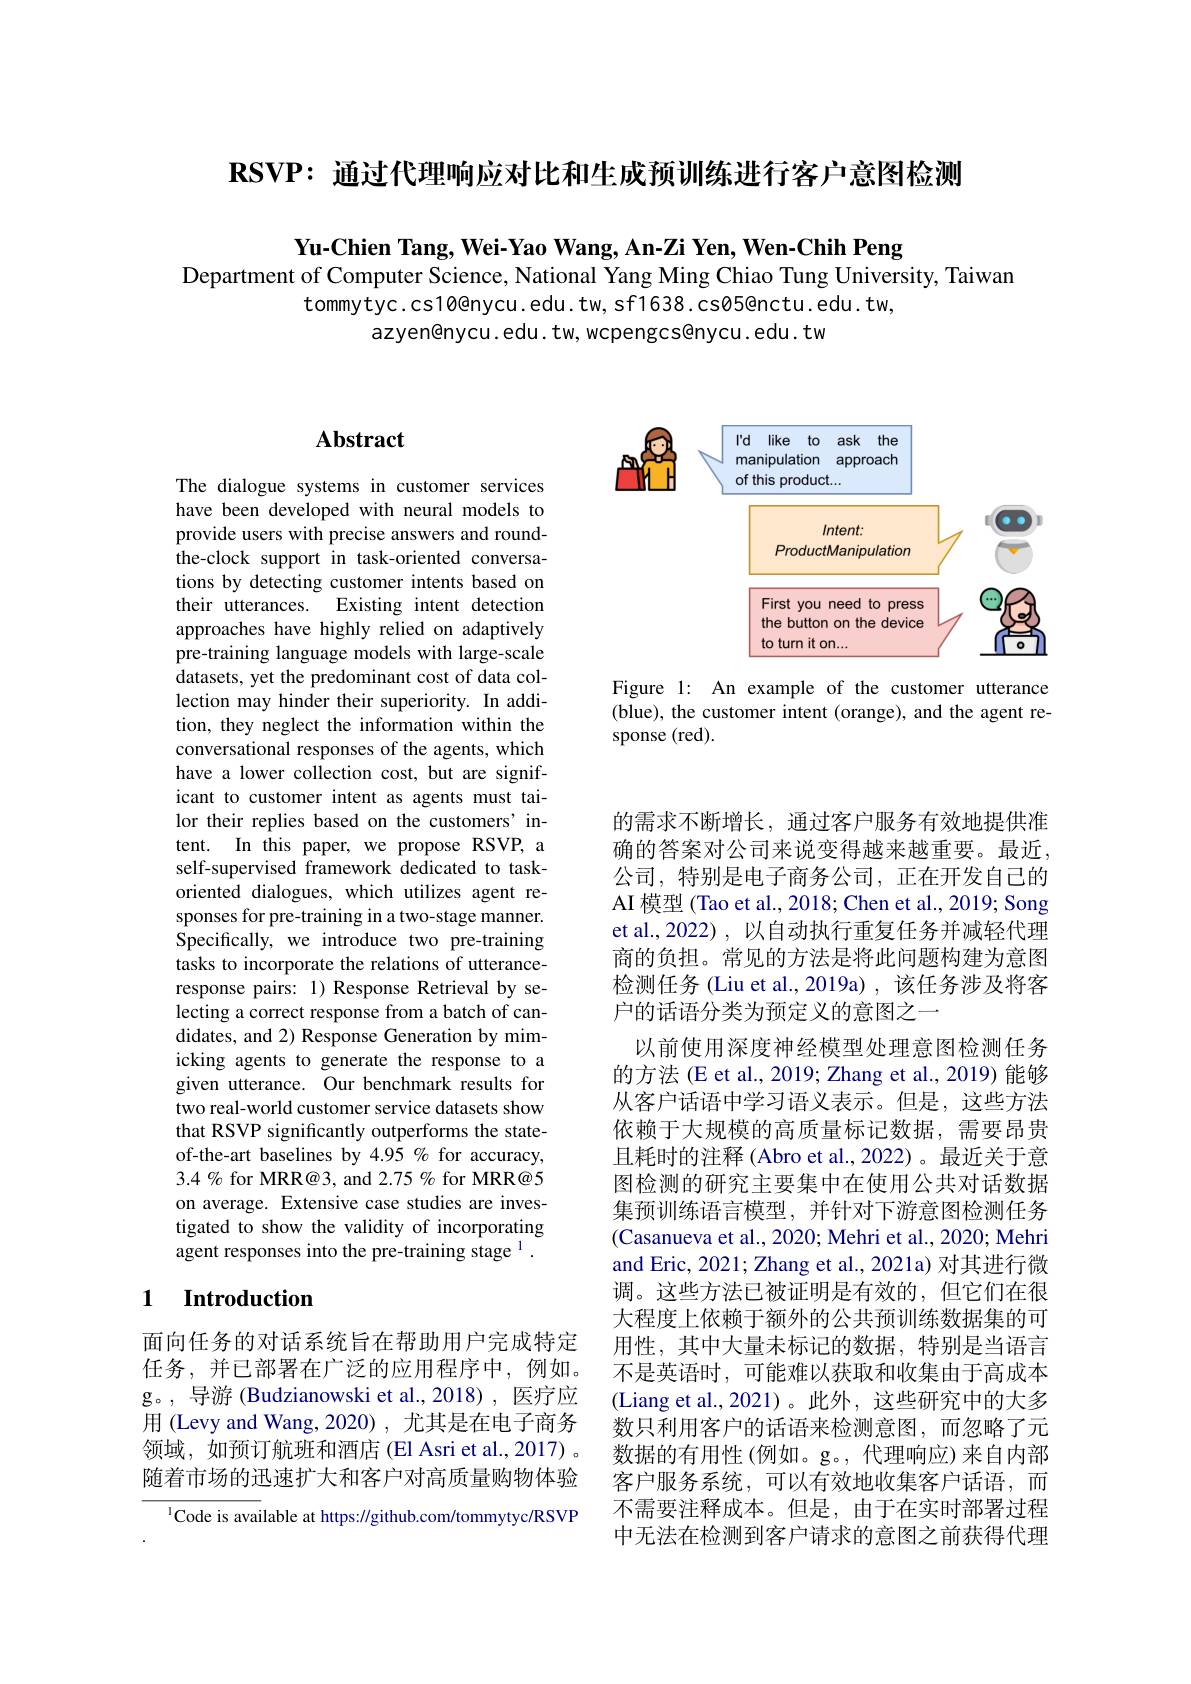
$\mathbf{RSVP:}$通过代理响应对比和牛成预训练进行客户意图检测

Yu-Chien Tang, Wei-Yao Wang, An-Zi Yen, Wen-Chih Peng
Department of Computer Science, National Yang Ming Chiao Tung University, Taiwan
tommytyc.cs10@nycu.edu.tw, sf1638.cs05@nctu.edu.tw,
azyen@nycu.edu.tw, wcpengcs@nycu. edu. tw

<FigureHere>

Figure 1: An example of the customer utterance (blue), the customer intent (orange), and the agent response (red).

## $\mathbf{Abstract}$

The dialogue systems in customer services have been developed with neural models to provide users with precise answers and roundthe-clock support in task-oriented conversations by detecting customer intents based on their utterances. Existing intent detection approaches have highly relied on adaptively pre-training language models with large-scale datasets, yet the predominant cost of data collection may hinder their superiority. In addition, they neglect the information within the conversational responses of the agents, which have a lower collection cost, but are significant to customer intent as agents must tailor their replies based on the customers' intent. In this paper, we propose RSVP, a self-supervised framework dedicated to taskoriented dialogues, which utilizes agent responses for pre-training in a two-stage manner. Specifically, we introduce two pre-training tasks to incorporate the relations of utteranceresponse pairs: 1) Response Retrieval by selecting a correct response from a batch of candidates, and 2) Response Generation by mimicking agents to generate the response to a given utterance. Our benchmark results for two real-world customer service datasets show that RSVP significantly outperforms the stateof-the-art baselines by 4.95 % for accuracy, $3.4\%$ for MRR@3, and 2.75 % for MRR@5 on average. Extensive case studies are investigated to show the validity of incorporating agent responses into the pre-training stage $^{1}.$

## 1 $\textbf{Introduction}$

面向任务的对话系统旨在帮助用户完成特定任务，并已部署在广泛的应用程序中，例如。g。,导游 (Budzianowski et al.,2018),医疗应用 (Levy and Wang,2020) , 尤其是在电子商务领域，如预订航班和酒店(El Asri et al., 2017) 。随着市场的迅速扩大和客户对高质量购物体验

$^{1}$Code is available at https://github.com/tommytyc/RSVP

的需求不断增长，通过客户服务有效地提供准确的答案对公司来说变得越来越重要。最近， 公司，特别是电子商务公司，正在开发自己的AI 模型 (Tao et al., 2018; Chen et al., 2019; Song et al.,2022) ,以自动执行重复任务并减轻代理商的负担。常见的方法是将此问题构建为意图检测任务 (Liu et al.,2019a) ,该任务涉及将客户的话语分类为预定义的意图之一
以前使用深度神经模型处理意图检测任务的方法(E et al., 2019; Zhang et al., 2019)能够从客户话语中学习语义表示。但是，这些方法依赖于大规模的高质量标记数据，需要昂贵且耗时的注释 (Abro et al.,2022)。最近关于意图检测的研究主要集中在使用公共对话数据集预训练语言模型，并针对下游意图检测任务(Casanueva et al., 2020; Mehri et al., 2020; Mehri and Eric, 2021; Zhang et al., 2021a) 对其进行微调。这些方法已被证明是有效的，但它们在很大程度上依赖于额外的公共预训练数据集的可用性，其中大量未标记的数据，特别是当语言不是英语时，可能难以获取和收集由于高成本(Liang et al.,2021)。此外，这些研究中的大多数只利用客户的话语来检测意图，而忽略了元数据的有用性(例如。g。,代理响应)来自内部客户服务系统，可以有效地收集客户话语，而不需要注释成本。但是，由于在实时部署过程中无法在检测到客户请求的意图之前获得代理